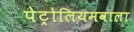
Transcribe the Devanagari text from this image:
पेट्रोलियमवाला